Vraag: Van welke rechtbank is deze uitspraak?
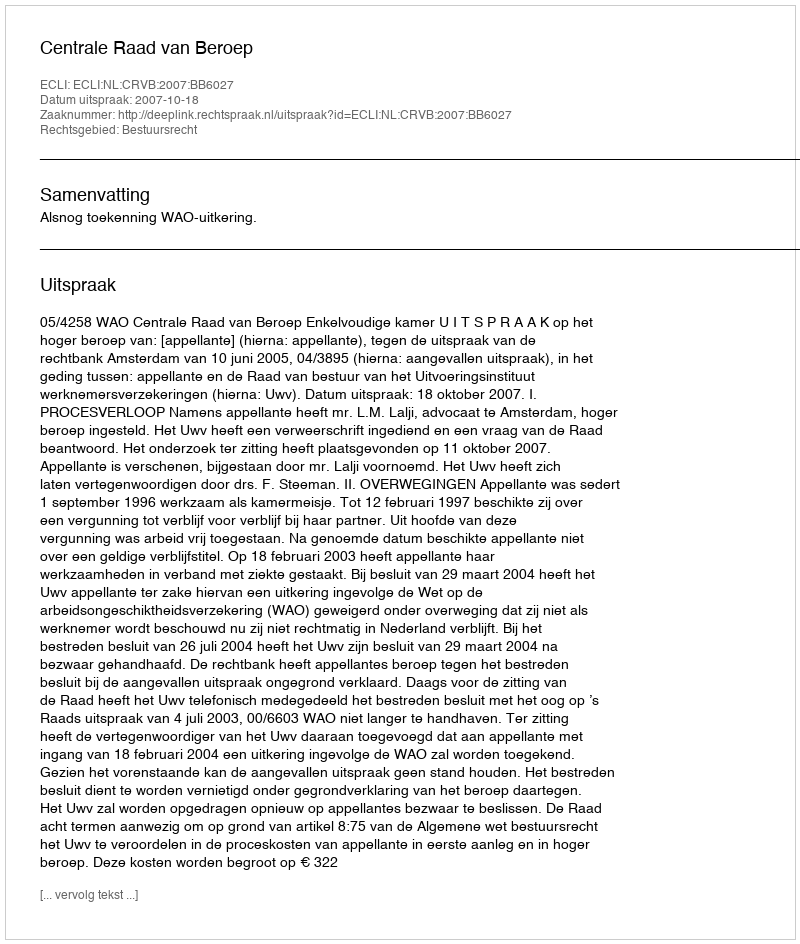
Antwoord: Centrale Raad van Beroep